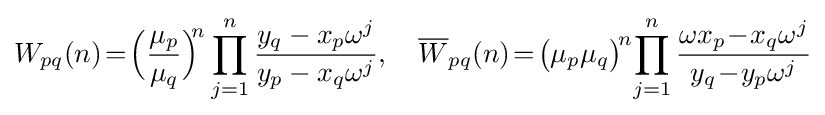
W_{pq}(n)\!=\!{\Big (}{\mu _{p} \over \mu _{q}}{\Big )}^{\!\!n}\prod _{j=1}^{n}{y_{q}-x_{p}\omega ^{j} \over y_{p}-x_{q}\omega ^{j}},\quad {\overline {W}}_{pq}(n)\!=\!{\big (}{\mu _{p}\mu _{q}}{\big )}^{\!n}\!\prod _{j=1}^{n}{\omega x_{p}\!-\!x_{q}\omega ^{j} \over y_{q}\!-\!y_{p}\omega ^{j}}